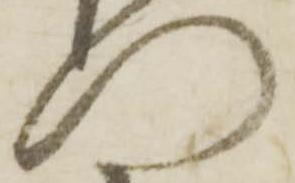
門